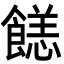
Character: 䭐